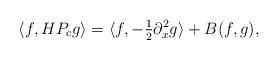
LaTeX: \begin{align*}\langle f,HP_c g\rangle = \langle f,-\tfrac12\partial_x^2g\rangle + B(f,g),\end{align*}